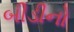
બીડીનો